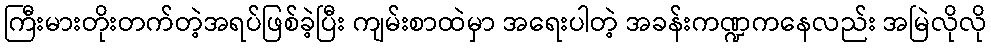
ကြီးမားတိုးတက်တဲ့အရပ်ဖြစ်ခဲ့ပြီး ကျမ်းစာထဲမှာ အရေးပါတဲ့ အခန်းကဏ္ဍကနေလည်း အမြဲလိုလို